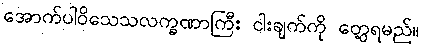
အောက်ပါဝိသေသလက္ခဏာကြီး ငါးချက်ကို တွေ့ရမည်။